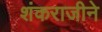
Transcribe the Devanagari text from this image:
शंकराजीने